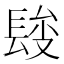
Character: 𨲄